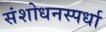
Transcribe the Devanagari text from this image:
संशोधनस्पर्धा